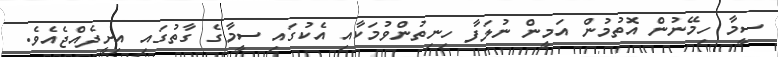
ސީމާ ހިމޭނުން އޮތުމުން އަމީން ނުލަފާ ހިނިތުންވުމަކާއި އެކުގައި ސީމާގެ ގާތުގައި އިށީދެއްޖެއެވެ.